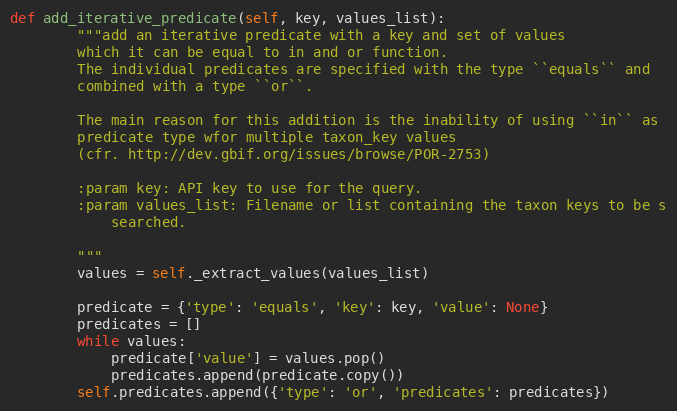
Language: Python
def add_iterative_predicate(self, key, values_list):
        """add an iterative predicate with a key and set of values
        which it can be equal to in and or function.
        The individual predicates are specified with the type ``equals`` and
        combined with a type ``or``.

        The main reason for this addition is the inability of using ``in`` as
        predicate type wfor multiple taxon_key values
        (cfr. http://dev.gbif.org/issues/browse/POR-2753)

        :param key: API key to use for the query.
        :param values_list: Filename or list containing the taxon keys to be s
            searched.

        """
        values = self._extract_values(values_list)

        predicate = {'type': 'equals', 'key': key, 'value': None}
        predicates = []
        while values:
            predicate['value'] = values.pop()
            predicates.append(predicate.copy())
        self.predicates.append({'type': 'or', 'predicates': predicates})